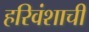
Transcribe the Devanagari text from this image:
हरिवंशाची